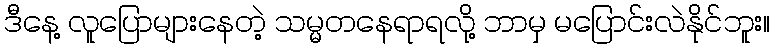
ဒီနေ့ လူပြောများနေတဲ့ သမ္မတနေရာရလို့ ဘာမှ မပြောင်းလဲနိုင်ဘူး။